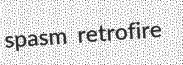
spasm retrofire